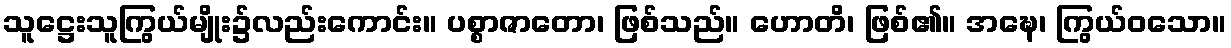
သူဋ္ဌေးသူကြွယ်မျိုး၌လည်းကောင်း။ ပစ္စာဇာတော၊ ဖြစ်သည်။ ဟောတိ၊ ဖြစ်၏။ အဍ္ဎေ၊ ကြွယ်ဝသော။